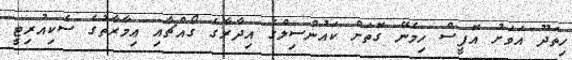
ހިތަދޫ އަވަށު އޮފީސް ހިމެނޭ ގޮތަށް ކައުންސިލްގެ އިދާރާގެ ގޯއްޗާއި ޢިމާރާތުގެ ސެކިއުރިޓީ